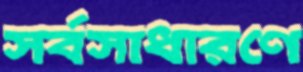
সর্বসাধারণে